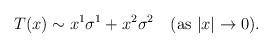
LaTeX: \begin{align*}T(x) \sim x^1 \sigma^1 + x^2\sigma^2\quad(\mbox{as } |x|\rightarrow 0).\end{align*}